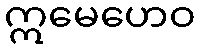
ဣမေဟေဝ